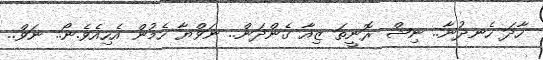
ހާދަ ހެނދުނާ.. ނިޝް ރޮނީތަ ޒިއާ ގެންދަން.. ނަވްޔާ ހެމުން އެހިއެވެ.ނޯ.. ނަވް..